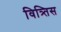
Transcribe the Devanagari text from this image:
वित्र्तिस